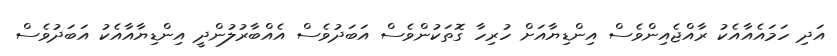
އަދި ހަމައެއާއެކު ރާއްޖެއިންވެސް އިންޑިޔާއަށް ހުރިހާ ގޮތަކުންވެސް އަބަދުވެސް އެއްބާރުލުންދީ އިންޑިޔާއާއެކު އަބަދުވެސް